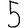
Digit: 5